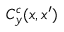
C _ { y } ^ { c } ( x , x ^ { \prime } )